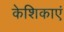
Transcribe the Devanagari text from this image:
केशिकाएं